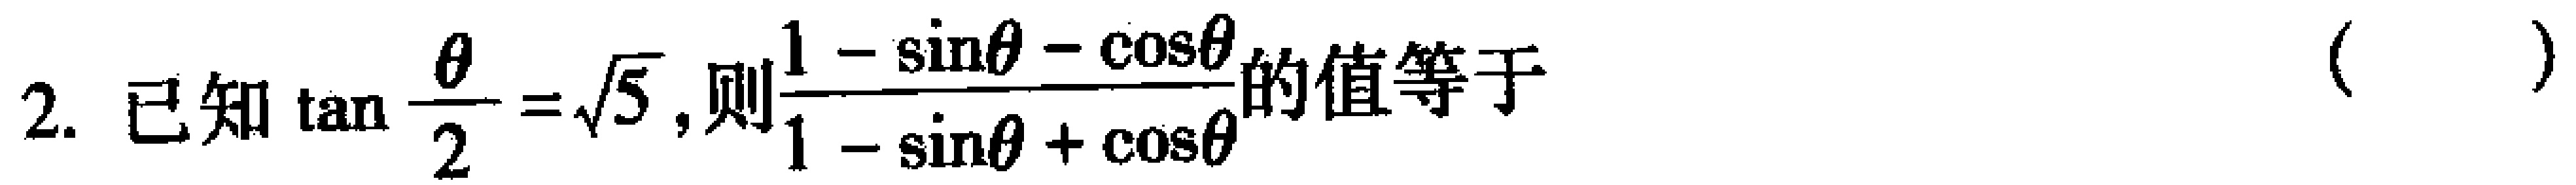
2. 已知$\tan\frac{\theta}{2}=\sqrt{5}$,则$\frac{1 - \sin\theta - \cos\theta}{1 - \sin\theta + \cos\theta}$的值等于（  ）